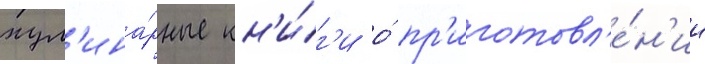
кул'ина́рные кн'и́г'и о́ пр'иготовл'е́н'ии